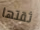
ثقتها